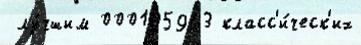
 лу́чшим 000105993 класс'и́ческ'их